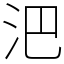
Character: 𣲩